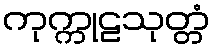
ကုက္ကုဠသုတ္တံ